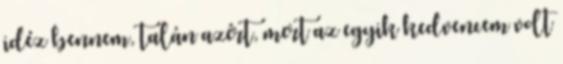
idéz bennem, talán azért, mert az egyik kedvencem volt